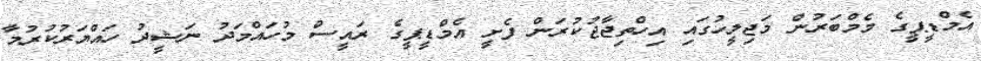
އެމްޑީޕީގެ މެމްބަރުން މަޖިލީހުގައި އިހްތިޖާޖުކުރަން ފެށީ އެމްޑީޕީގެ ރައީސް މުހަައްމަދު ނަޝީދު ހައްޔަރުކުރުމާ